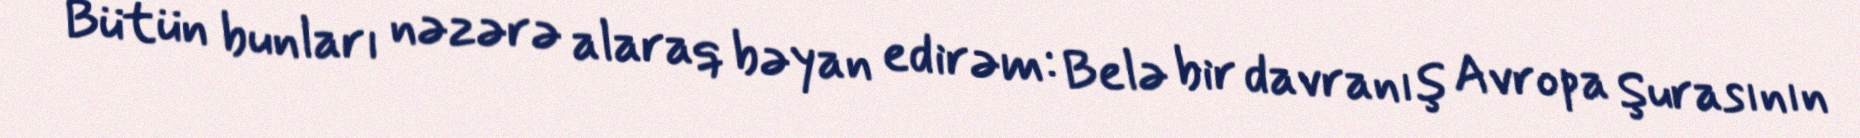
Bütün bunları nəzərə alaraq bəyan edirəm: Belə bir davranış Avropa Şurasının